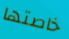
خاصتها